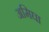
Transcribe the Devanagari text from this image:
अमिघा